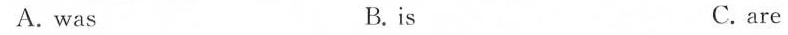
A.was B.is C. are